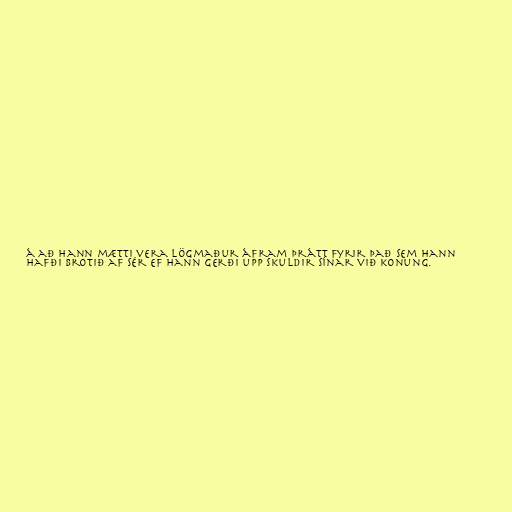
á að hann mætti vera lögmaður áfram þrátt fyrir það sem hann
hafði brotið af sér ef hann gerði upp skuldir sínar við konung.